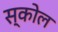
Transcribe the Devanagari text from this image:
स्कोल